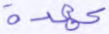
عهده